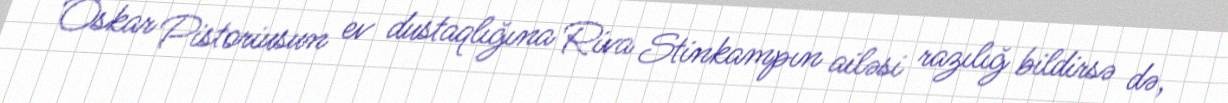
Oskar Pistoriusun ev dustaqlığına Riva Stinkampın ailəsi razılığ bildirsə də,